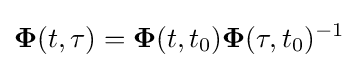
\mathbf {\Phi } (t,\tau )=\mathbf {\Phi } (t,t_{0})\mathbf {\Phi } (\tau ,t_{0})^{-1}